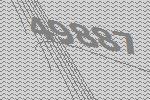
49887